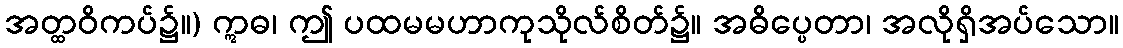
အတ္ထဝိကပ်၌။) ဣဓ၊ ဤ ပထမမဟာကုသိုလ်စိတ်၌။ အဓိပ္ပေတာ၊ အလိုရှိအပ်သော။